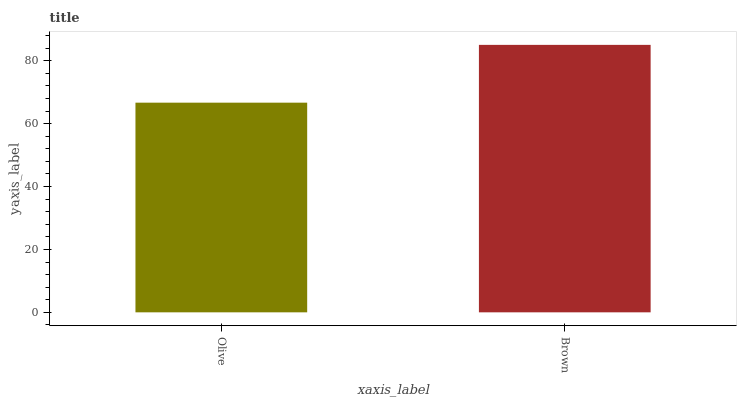
| xaxis_label | bars |
 | --- | --- |
 | Olive | 66.7 |
 | Brown | 85 |